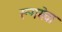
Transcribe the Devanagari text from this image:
रूमसेवा